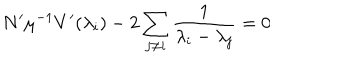
N ^ { \prime } \mu ^ { - 1 } V ^ { \prime } ( \lambda _ { i } ) - 2 \sum _ { j \neq i } \frac 1 { \lambda _ { i } - \lambda _ { j } } = 0